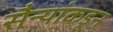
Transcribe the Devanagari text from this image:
सैन्यांकडून